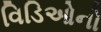
વિડિઓનો